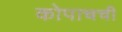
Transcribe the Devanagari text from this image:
कोपाचची